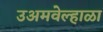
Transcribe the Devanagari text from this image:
उअमवेल्हाळा